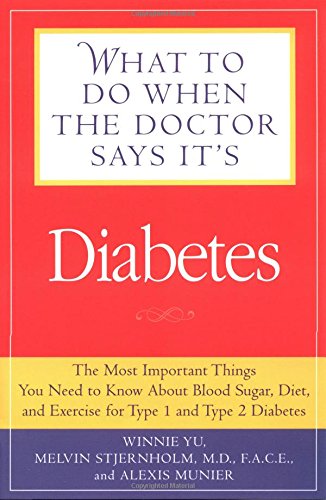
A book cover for What to Do When the Doctor Says It's Diabetes: The Most Important Things You Need to Know About Blood Sugar, Diet, and Exercise for Type I and Type II Diabetes; Winnie Yu; Health, Fitness & Dieting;